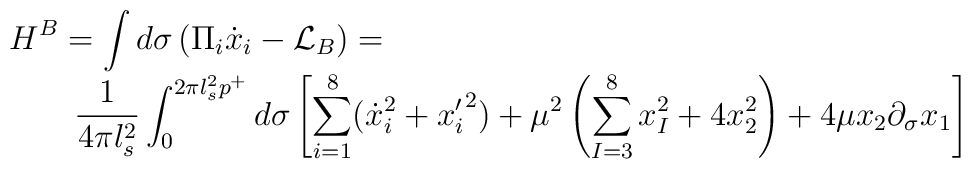
\begin{array}{l}\displaystyle{H^B = \int d \sigma \left( \Pi_i \dot{x}_i - \mathcal{L}_B \right) =  }\\\displaystyle{\qquad \frac{1}{4 \pi l_s^2} \int_{0}^{2 \pi l_s^2 p^+} d \sigma    \left[ \sum_{i=1}^8 ({\dot{x}_i}^2 + {{x}_i^{\prime}}^2 ) +        \mu^2 \left( \sum_{I=3}^8 x_I^2 + 4 x_2^2 \right) + 4 \mu x_2 \partial_\sigma x_1  \right]}\end{array}